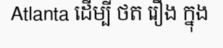
Atlanta ដើម្បី ថត រឿង ក្នុង